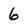
Character: 6